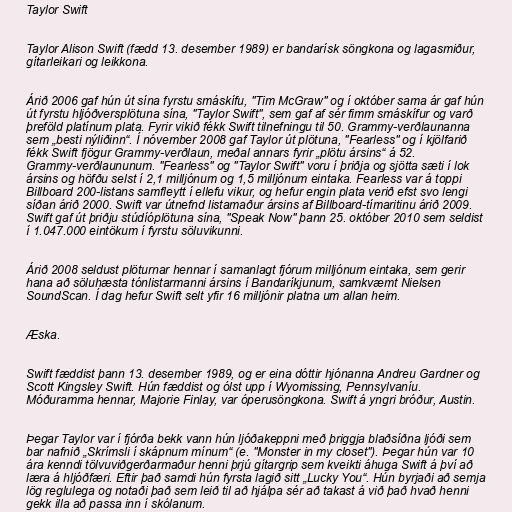
Taylor Swift

Taylor Alison Swift (fædd 13. desember 1989) er bandarísk söngkona og lagasmiður,
gítarleikari og leikkona.

Árið 2006 gaf hún út sína fyrstu smáskífu, "Tim McGraw" og í október sama ár gaf hún
út fyrstu hljóðversplötuna sína, "Taylor Swift", sem gaf af sér fimm smáskífur og varð
þreföld platínum plata. Fyrir vikið fékk Swift tilnefningu til 50. Grammy-verðlaunanna
sem „besti nýliðinn“. Í nóvember 2008 gaf Taylor út plötuna, "Fearless" og í kjölfarið
fékk Swift fjögur Grammy-verðlaun, meðal annars fyrir „plötu ársins“ á 52.
Grammy-verðlaununum. "Fearless" og "Taylor Swift" voru í þriðja og sjötta sæti í lok
ársins og höfðu selst í 2,1 milljónum og 1,5 milljónum eintaka. Fearless var á toppi
Billboard 200-listans samfleytt í ellefu vikur, og hefur engin plata verið efst svo lengi
síðan árið 2000. Swift var útnefnd listamaður ársins af Billboard-tímaritinu árið 2009.
Swift gaf út þriðju stúdíóplötuna sína, "Speak Now" þann 25. október 2010 sem seldist
í 1.047.000 eintökum í fyrstu söluvikunni.

Árið 2008 seldust plöturnar hennar í samanlagt fjórum milljónum eintaka, sem gerir
hana að söluhæsta tónlistarmanni ársins í Bandaríkjunum, samkvæmt Nielsen
SoundScan. Í dag hefur Swift selt yfir 16 milljónir platna um allan heim.

Æska.

Swift fæddist þann 13. desember 1989, og er eina dóttir hjónanna Andreu Gardner og
Scott Kingsley Swift. Hún fæddist og ólst upp í Wyomissing, Pennsylvaníu.
Móðuramma hennar, Majorie Finlay, var óperusöngkona. Swift á yngri bróður, Austin.

Þegar Taylor var í fjórða bekk vann hún ljóðakeppni með þriggja blaðsíðna ljóði sem
bar nafnið „Skrímsli í skápnum mínum“ (e. "Monster in my closet"). Þegar hún var 10
ára kenndi tölvuviðgerðarmaður henni þrjú gítargrip sem kveikti áhuga Swift á því að
læra á hljóðfæri. Eftir það samdi hún fyrsta lagið sitt „Lucky You“. Hún byrjaði að semja
lög reglulega og notaði það sem leið til að hjálpa sér að takast á við það hvað henni
gekk illa að passa inn í skólanum.